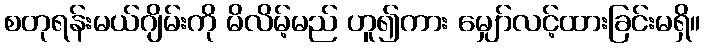
စတုရန်းမယ်ဂျိမ်းကို မိလိမ့်မည် ဟူ၍ကား မျှော်လင့်ထားခြင်းမရှိ။